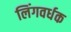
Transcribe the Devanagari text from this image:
लिंगवर्धक